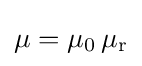
\mu =\mu _{0}\,\mu _{\text{r}}